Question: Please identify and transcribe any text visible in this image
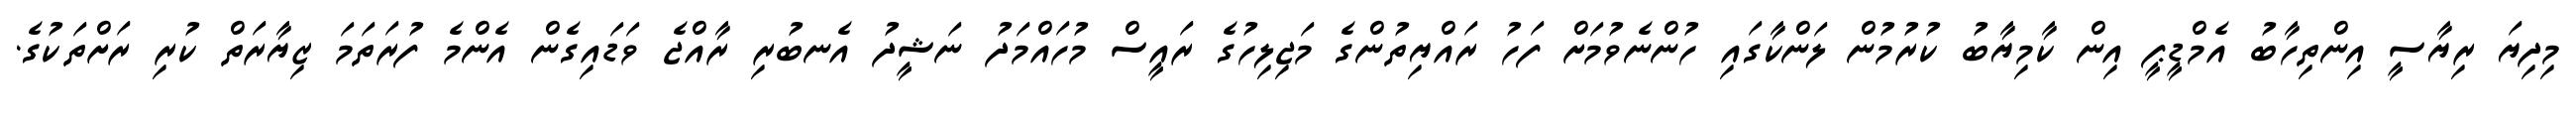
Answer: މިދިޔަ ރިޔާސީ އިންތިހާބު އެމްޑީޕީ އިން ކާމިޔާބު ކުރުމުން ލަންކާގައި ހުންނެވުމަށް ފަހު ރައްޔިތުންގެ މަޖިލިހުގެ ރައީސް މުހައްމަދު ނަޝީދު އެނބުރި ރާއްޖެ ވަޑައިގެން އެންމެ ފުރަތަމަ ޒިޔާރަތް ކުރި ރަށްތަކުގެ.